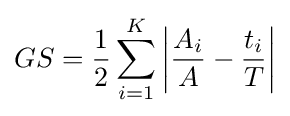
GS={\frac {1}{2}}\sum _{i=1}^{K}\left|{\frac {A_{i}}{A}}-{\frac {t_{i}}{T}}\right|